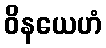
ဝိနယေဟံ